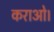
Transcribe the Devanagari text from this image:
कराओ।